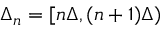
\Delta _ { n } = [ n \Delta , ( n + 1 ) \Delta )